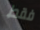
فقط